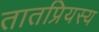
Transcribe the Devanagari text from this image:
तातप्रियस्य